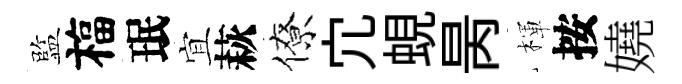
監福珉宜萩僚宂蜆昺楎按嬈